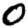
Digit: 0